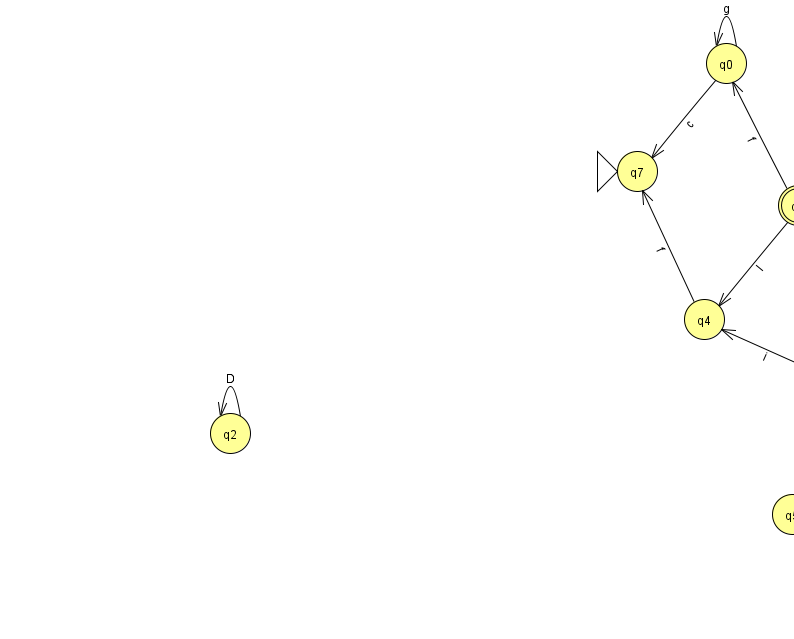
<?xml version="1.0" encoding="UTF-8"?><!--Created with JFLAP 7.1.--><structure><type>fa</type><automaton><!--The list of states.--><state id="0" name="q0"><x>726.0</x><y>50.0</y></state><state id="1" name="q1"><x>834.0</x><y>363.0</y></state><state id="2" name="q2"><x>230.0</x><y>420.0</y></state><state id="3" name="q3"><x>798.0</x><y>192.0</y><final/></state><state id="4" name="q4"><x>704.0</x><y>306.0</y></state><state id="5" name="q5"><x>792.0</x><y>501.0</y></state><state id="6" name="q6"><x>890.0</x><y>488.0</y></state><state id="7" name="q7"><x>637.0</x><y>158.0</y><initial/></state><state id="8" name="q8"><x>966.0</x><y>433.0</y></state><!--The list of transitions.--><transition><from>4</from><to>7</to><read>f</read></transition><transition><from>3</from><to>0</to><read>f</read></transition><transition><from>3</from><to>1</to><read>k</read></transition><transition><from>1</from><to>6</to><read>e</read></transition><transition><from>2</from><to>2</to><read>D</read></transition><transition><from>3</from><to>4</to><read>l</read></transition><transition><from>0</from><to>0</to><read>g</read></transition><transition><from>0</from><to>7</to><read>c</read></transition><transition><from>1</from><to>4</to><read>i</read></transition><transition><from>1</from><to>5</to><read>J</read></transition><transition><from>1</from><to>8</to><read>Z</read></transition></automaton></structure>